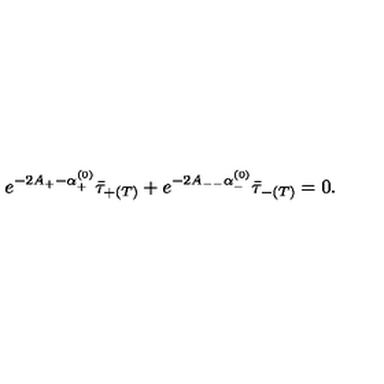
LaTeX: e ^ { - 2 A _ { + } - \alpha _ { + } ^ { ( 0 ) } } \bar { \tau } _ { + ( T ) } + e ^ { - 2 A _ { -- } \alpha _ { - } ^ { ( 0 ) } } \bar { \tau } _ { - ( T ) } = 0 .